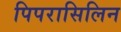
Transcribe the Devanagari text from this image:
पिपरासिलिन